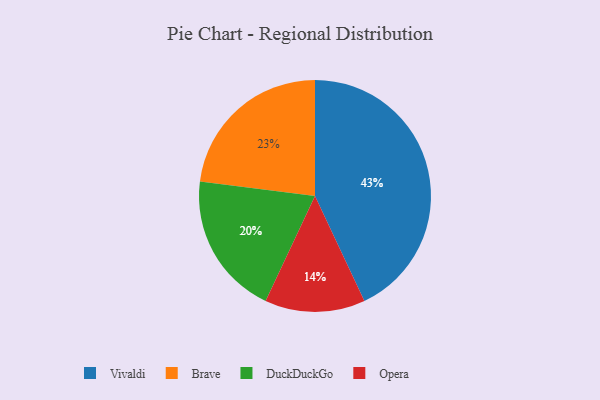
{"axis": {"x": "Category", "y": "Percentage"}, "legend": ["Brave", "DuckDuckGo", "Opera", "Vivaldi"], "data": [{"x": "Vivaldi", "y": 43, "type": "Vivaldi"}, {"x": "Opera", "y": 14, "type": "Opera"}, {"x": "Brave", "y": 23, "type": "Brave"}, {"x": "DuckDuckGo", "y": 20, "type": "DuckDuckGo"}]}